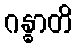
ဂန္ဓာတိ